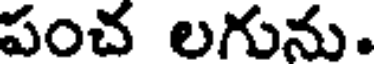
పంచ లగును.